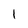
Character: 1